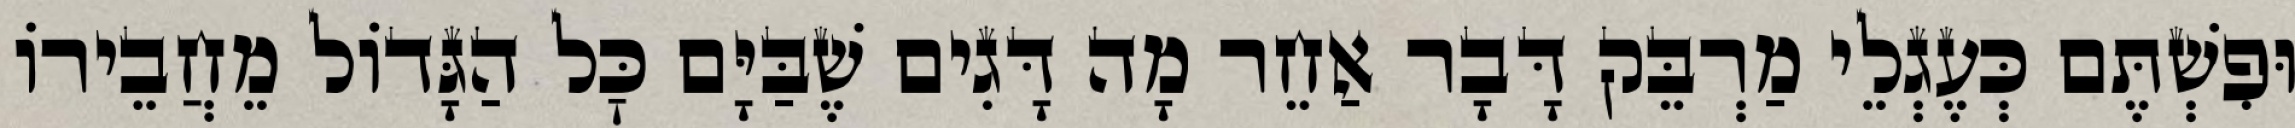
וּפִשְׁתֶּם כְּעֶגְלֵי מַרְבֵּק דָּבָר אַחֵר מָה דָּגִים שֶׁבַּיָּם כׇּל הַגָּדוֹל מֵחֲבֵירוֹ